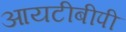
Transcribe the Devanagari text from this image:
आयटीबीपी